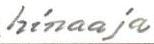
hinaaja